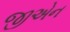
જીએન